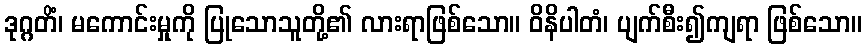
ဒုဂ္ဂတိံ၊ မကောင်းမှုကို ပြုသောသူတို့၏ လားရာဖြစ်သော။ ဝိနိပါတံ၊ ပျက်စီး၍ကျရာ ဖြစ်သော။